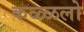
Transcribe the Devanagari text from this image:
कळ्ळलो